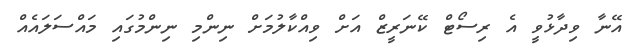
އޭނާ ވިދާޅުވީ އެ ރިސޯޓް ކޭނަރީޒް އަށް ވިއްކާލުމަށް ނިންމި ނިންމުގައި މައްސަލައެއް